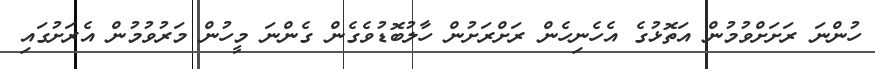
ހުންނަ ރަށަށްވުމުން އަތޮޅުގެ އެހެނިހެން ރަށްރަށުން ހާލުބޮޑުވެގެން ގެންނަ މީހުން މަރުވުމުން އެރަށުގައި